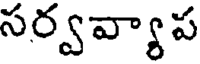
సర్వవ్యాప